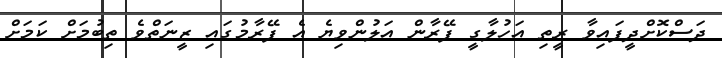
ދަސްކޮށްދީފައިވާ ރީތި އަހުލާގީ ފޭރާން އަލުންވިޔެ އެ ފޭރާމުގައި ޒީނަތްވެ ތިބުމަށް ކަމަށް